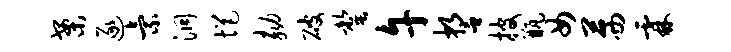
案逐索洞悒劾破罄午誓披瓶女茜霖